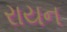
રાયન